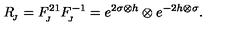
R _ { _ { \! J } } = F _ { _ { \! J } } ^ { 2 1 } F _ { _ { \! J } } ^ { - 1 } = e ^ { 2 \sigma \otimes h } \otimes e ^ { - 2 h \otimes \sigma } .